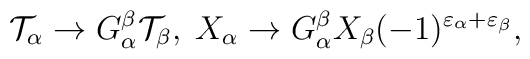
{\cal T}_{\alpha}\rightarrow G_{\alpha}^{\beta}{\cal T}_{\beta},\;X_{\alpha}\rightarrow G_{\alpha}^{\beta}X_{\beta}(-1)^{\varepsilon_{\alpha}+\varepsilon_{\beta}},